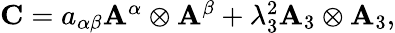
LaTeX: \begin{array}{r}{{\mathbf{C}}={a}_{\alpha\beta}{\mathbf{A}}^{\alpha}\otimes{\mathbf{A}}^{\beta}+\lambda_{3}^{2}{\mathbf{A}}_{3}\otimes{\mathbf{A}}_{3},}\end{array}